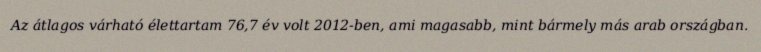
Az átlagos várható élettartam 76,7 év volt 2012-ben, ami magasabb, mint bármely más arab országban.